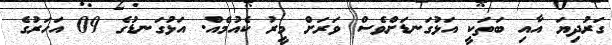
ގަރުދިޔަ އާއި ބަތަކީ އަޅުގަނޑަށްވެސް ވަރަށް މީރު ކެއުމެއް. އަޅުގަނޑުގެ 09 އަހަރުގެ